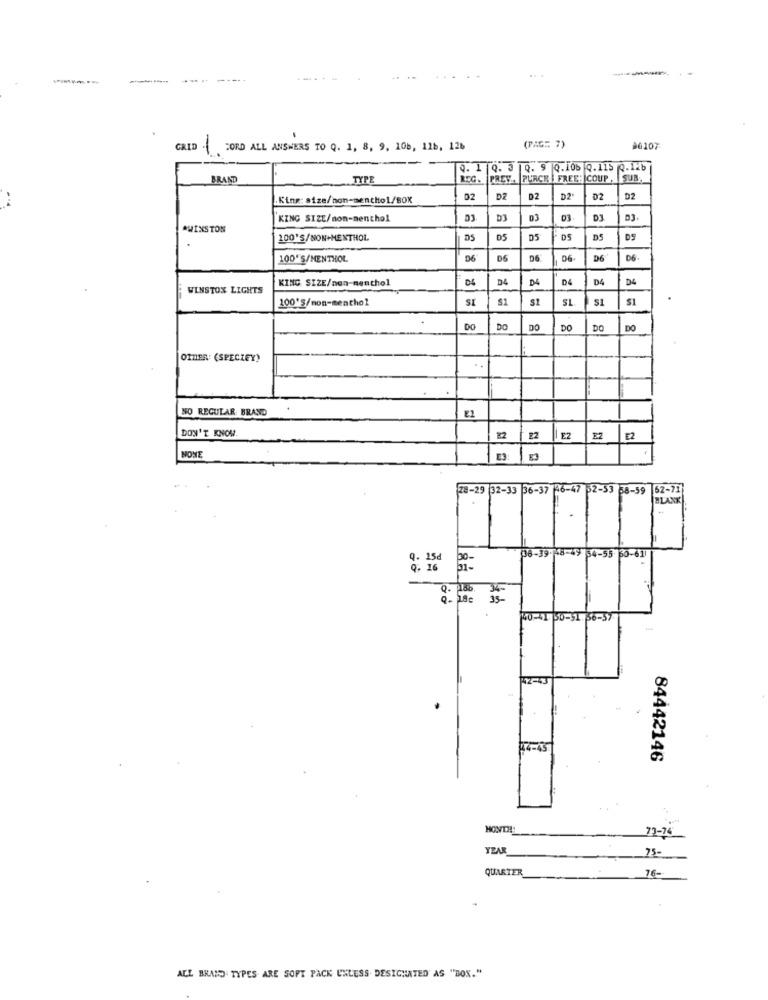
--- ---..
CAID
FORD ALL ANSWERS TO Q. 1, 8, 9, 10b, 118, 126
-
(PAG= 7)
00107
4. 1 9. 3 9. 9 0.106 0. 115 9.12b
BRAND
TYPE
REG.
PREY .. PUACK | FREE: COUP
SUB
King: size/non-menthol/BOX
D2
DZ
D2
D2
02
D2
KING SIZE/non-menthol
03
D3.
*WINSTON
50
200'S/NON+MENTHOL
DS
DS
DS
100'S/MENTHOL
D6
DS
D6
06
D6
06.
KING SIZE/non-nenthol
D4
D4
D4
D4
DE
WINSTON LIGHTS
100'S/non-menthol
S1
$1
DO
DO
DO
DO
DO
DO
OTHER: (SPECIEY)
NO REGULAR BRAND
E2
DON'T KNOW.
22
E2
EZ
E2
NONE
28-29 32-33 36-37 46-47 52-53 58-59
62-71
BLANK
35-61
Q. 15d
38-39.48-49 54-55
Q. 16
Q.
35-
40-41 60-51.56-57
42-43
84442146
MONTH
73-74
YEAR
75-
QUARTER
76-
ALL BRAND TYPES ARE SOFT PACK UNLESS DESIGNATED AS "BOX."